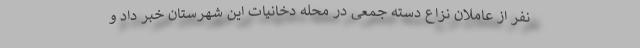
نفر از عاملان نزاع دسته جمعی در محله دخانیات این شهرستان خبر داد و